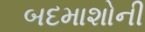
બદમાશોની